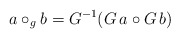
\begin{align*}a\circ _gb=G^{-1}(G\,a\circ G\,b) \end{align*}